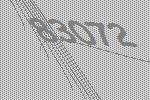
83072